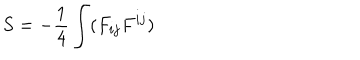
S = - \frac 1 4 \int ( F _ { i j } F ^ { i j } )